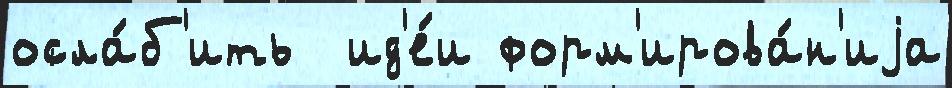
осла́б'ить  ид'е́и форм'ирова́н'иjа